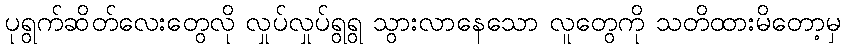
ပုရွက်ဆိတ်လေးတွေလို လှုပ်လှုပ်ရွရွ သွားလာနေသော လူတွေကို သတိထားမိတော့မှ